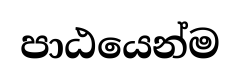
පාඨයෙන්ම